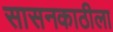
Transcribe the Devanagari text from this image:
सासनकाठीला